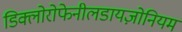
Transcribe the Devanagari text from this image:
डिक्लोरोफेनीलडायज़ोनियम